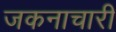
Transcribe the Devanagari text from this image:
जकनाचारी